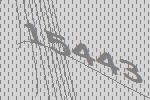
15443